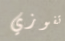
تفوزي